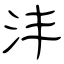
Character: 沣